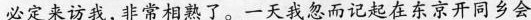
必定来访我，非常相熟了。一天我忽而记起在东京开同乡会